system: You are a helpful assistant.
user:
Analyze the provided spectrum to determine if it is a **M-type Giant (gM)**.

A M-type Giant spectrum is defined by its **strong molecular absorption** features, particularly from **Titanium Oxide (TiO)**. You must check for one of the following mutually exclusive signatures:

- **Key Visual Indicators (Absorption-Dominated Spectrum):**

    - **(Primary):** The spectrum is dominated by strong molecular absorption from **Titanium Oxide (TiO)**. This is the **defining feature** of its M-type temperature class.
        - **(Key Bandheads):** Look for sharp, "saw-tooth" absorption valleys. The strongest are located near **~7050 Å**, **~6160 Å**, and **~5170 Å**.
        - **(Line Profile):** The "saw-tooth" morphology is critical: a **sharp, steep drop on the BLUE (short-wavelength) side** of the bandhead, followed by a gradual recovery (rising flux) towards the RED (long-wavelength) side.

    - **(Key Confirmation - Giant vs. Dwarf):** **ABSENCE** of strong **Calcium Hydride (CaH)** molecular bands. This is the primary diagnostic for *excluding* M-dwarfs.
        - **(Key Region):** The spectrum should lack the strong, broad absorption band seen in dwarfs between **~6800 Å and ~7000 Å**.

    - **(Secondary Confirmation - Giant):** A very strong and broad **Neutral Calcium (Ca I)** atomic absorption line.
        - **(Key Line):** Located at **~4226 Å**. In a giant (gM), this line is significantly deeper and broader than the same line in an M-dwarf (dM) due to low surface gravity.

    - **(Overall Spectrum):**
        - The continuum is **extremely red-sloping** (i.e., flux is very low in the blue and rises dramatically towards the red).
        - The entire spectrum appears "chopped up" by the deep TiO bands.

Think first, call **spectral_visualization_tool** if needed to examine features in detail, then provide your final answer. Your response must adhere to the following strict rules:
1.  **Overall Structure:** Your response must follow the format `<think>...</think> <tool_call>...</tool_call> (if a tool is used) <answer>...</answer>`.
2.  **Tool Usage Constraint:** You may only make **one** tool call per turn.
3.  **Final Answer Format:** In the `<answer>` tag, your conclusion must be inside a `\boxed{}` command (e.g., `\boxed{YES}` or `\boxed{NO}`), followed by your justification.

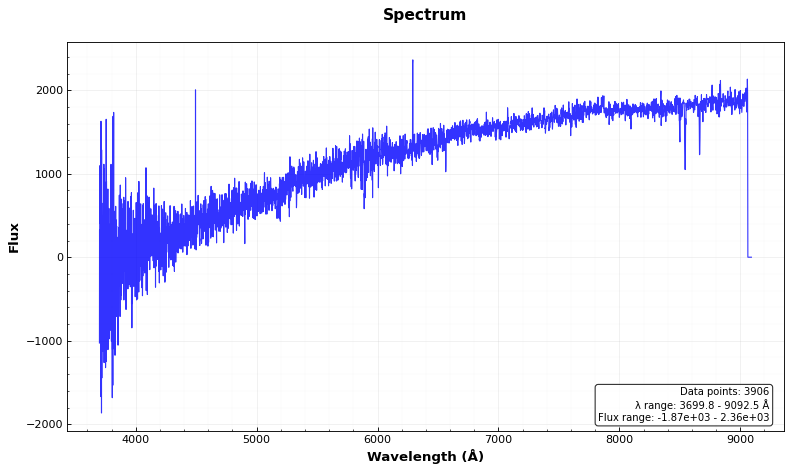
Answer: NO